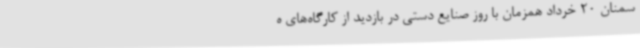
سمنان 20 خرداد همزمان با روز صنایع دستی در بازدید از کارگاه‌های ه